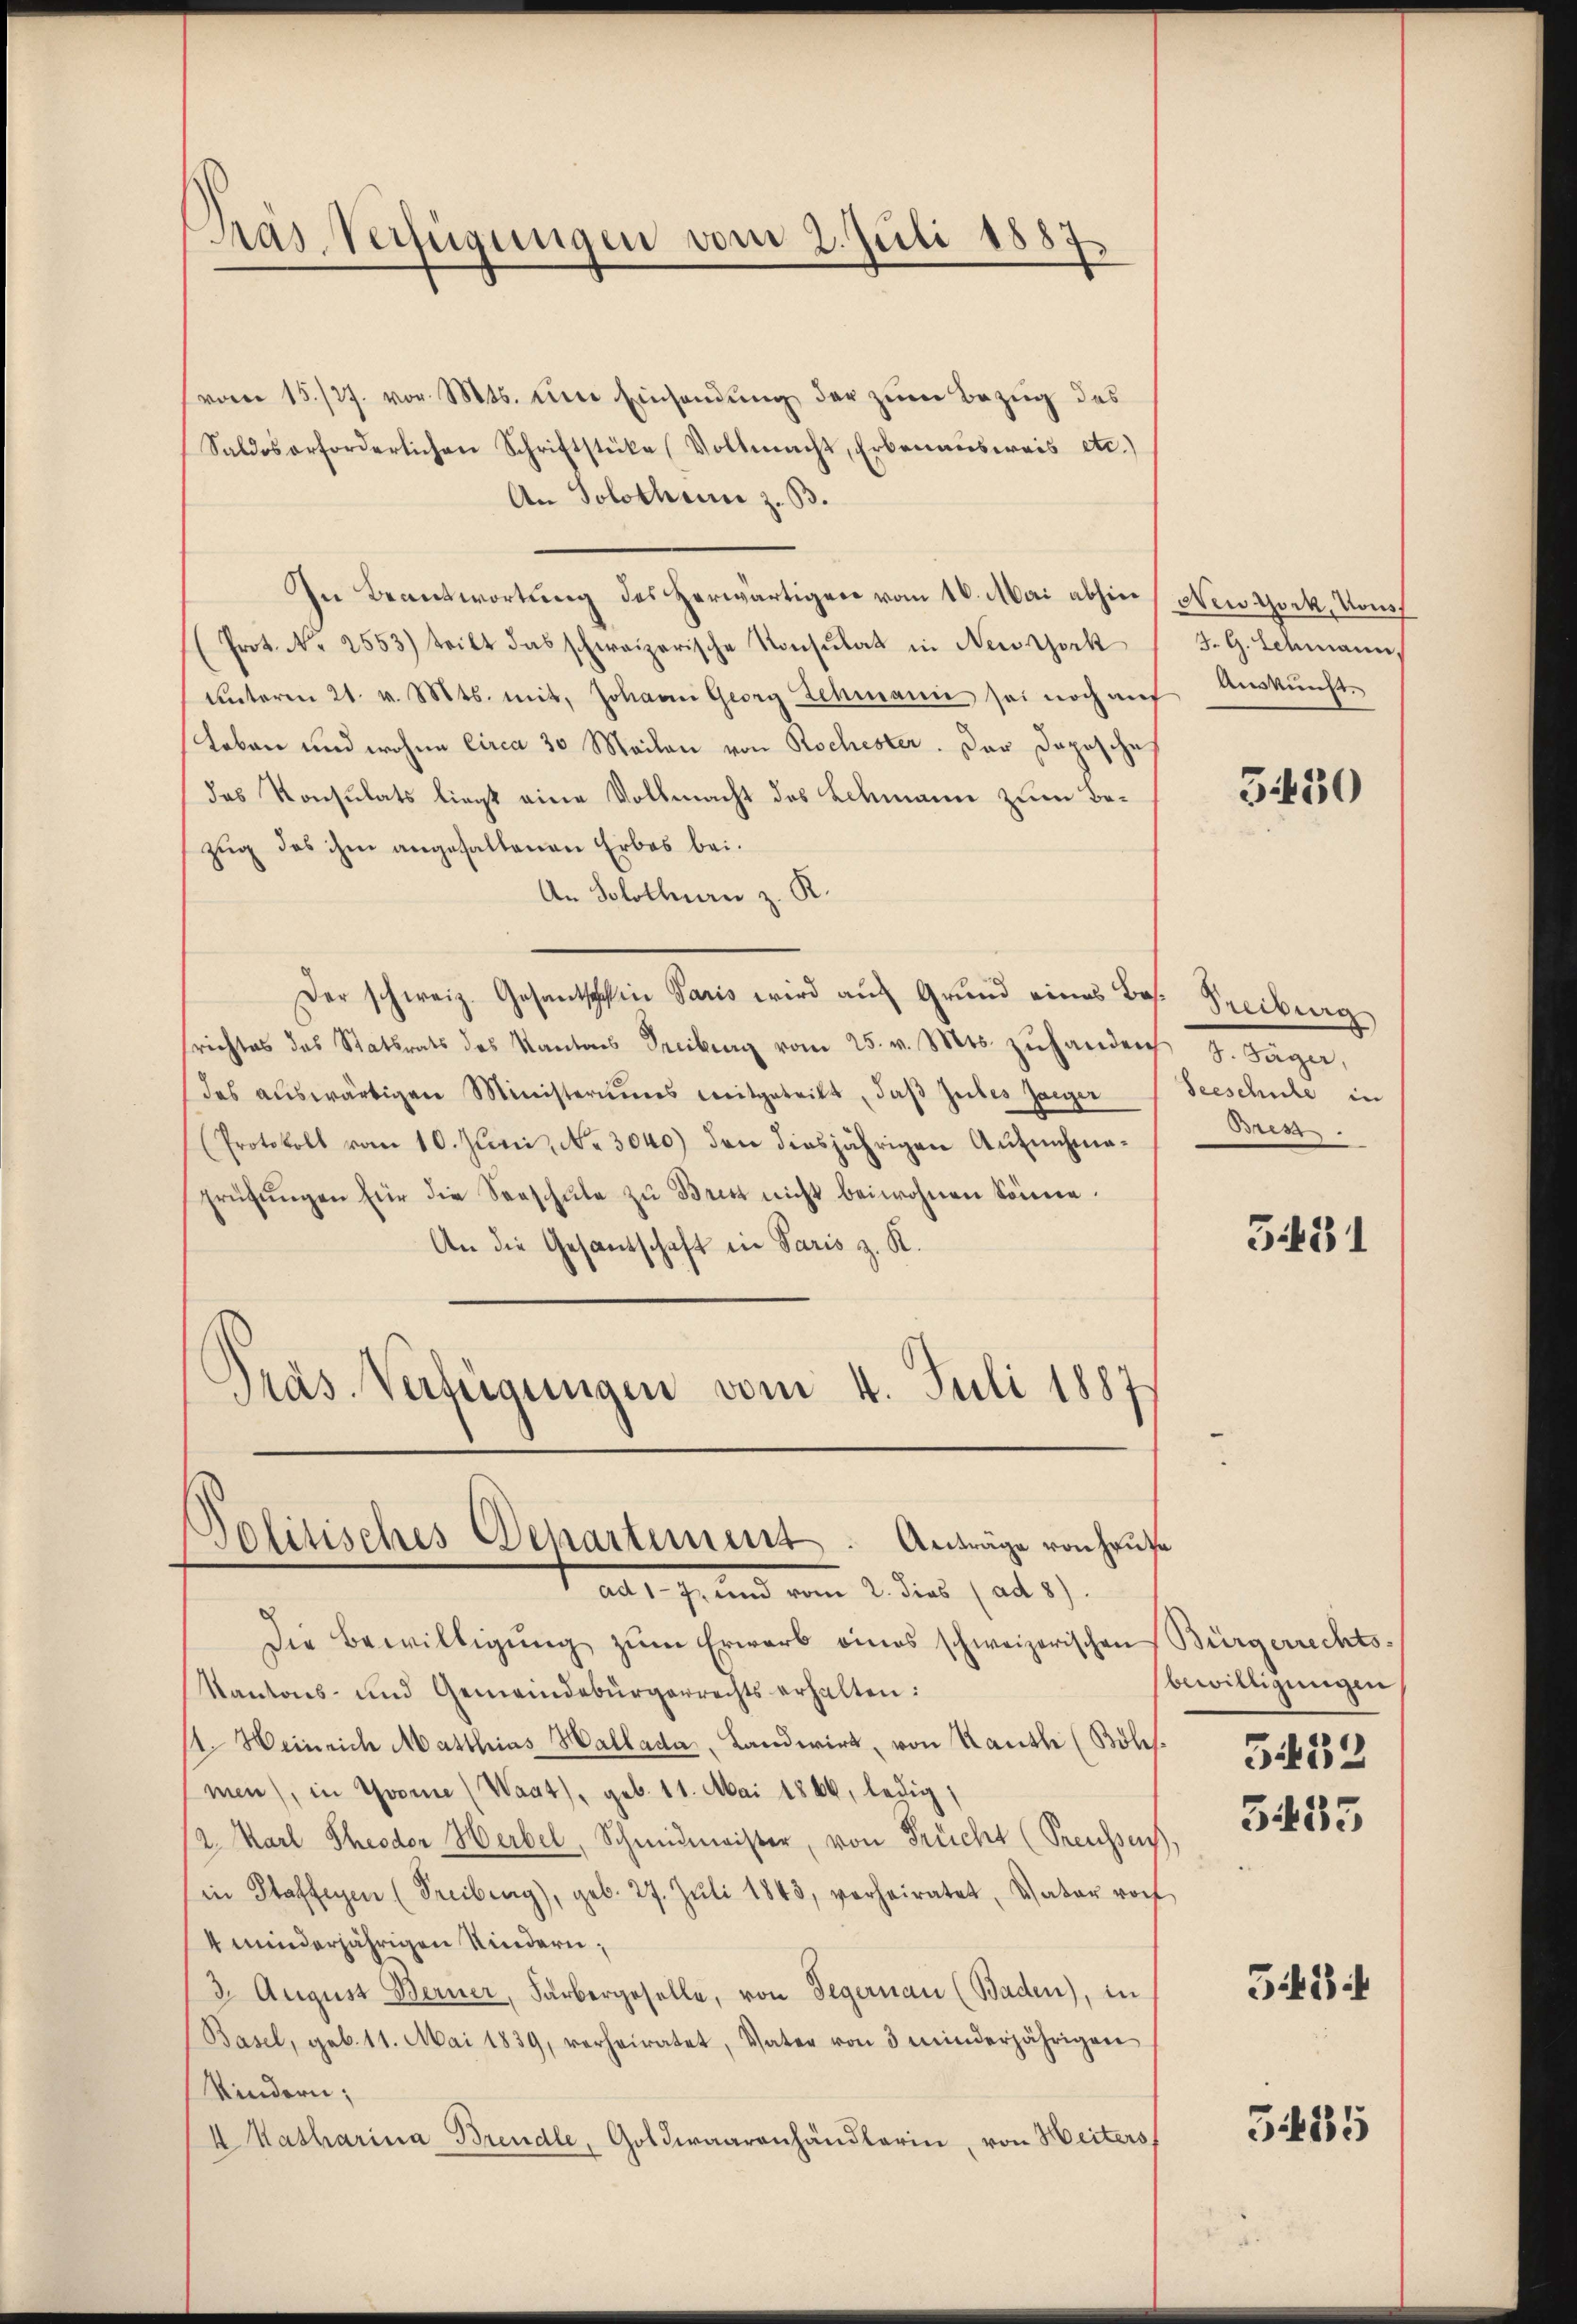
Pas-Verfügungen vom 2. Juli 1887.

vom 15./27. vor. Mts. eine Einhandŭng der zum Bezug des
Saldos erforderlichen Schriftstüke Vollmacht, Erbenaŭsweis etc.)
An Solothur z. B.
In Beantwortung des Herwärtigen vom 16. Mai abhin
(Prot. No. 2553) tritt das schweizerische Konsulat in Neuthork
ŭnterm 21. v. Mts. mit, Johann Georg Lehmann sei noch aŭf Aŭskŭnft.
Loben und wohne Circa 30 Meilen von Rochester. Der Dopische
das Konsulats liegt eine Vollmacht des Lehmann zum Bezug das ihm angehaltenen Erbes bei.
An Solothurn z. R.
Der schweiz. Gesantschein Paris wird aŭf Grŭnd eines Bos. Seciburg
richtes des Statsrats des Kantons Treibung vom 25. v. Mts. zŭ handen
das aŭswärtigen Ministeriums mitgeteilt, daβ Jubes Jaeger
(Protokoll vom 10. Juni, No. 3040) den diesjährigen Aufnehmaprüfŭngen für die Seeschŭle zŭ Brett nicht beiwohnen könne.
An die Gesandschaft in Paris z. K.
Präs. Verfügungen vom 4. Juli 1887

Solitisches Departement. Anträge von Hause
all. Grund vom 2. dies ad 1.

New York, Vous
J. G. Schmann,

Die Bewilligŭng zŭm Erwarb eines schweizerischen Bürgerrechts¬
Kantons- und Gemeindebürgerrechts erhalten:
11. Heinrich Matthias Hallada, Landwirt, von Rauth (Böhs.
men), in Throme (Waat), geb. 11. Mai 1866, ledig,
/2. Karl Theodor Herbel, Schmidmeister, von Frücht (Preusses,
in Stafferen (Freiberg), geb. 27. Jŭli 1843, verheiratet, Vater roch
4 minderjährigen Kindern;
3. August Berner, Farbergeselle, von Tegernau (Baden), in
Basel, geb. 11. Mai 1839, verheiratet, Vater von 3 minderjährigen
Kindern;
I Katharina Brendle, Goldwaarenhändlerin, von Weiters

5430

Seeschule in
Bres.

3131

sbewilligungen
3453

3435

543

3485